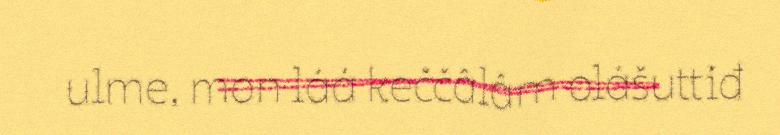
ulme, mon láá keččâlâm olášuttiđ